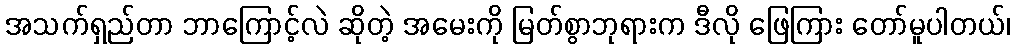
အသက်ရှည်တာ ဘာကြောင့်လဲ ဆိုတဲ့ အမေးကို မြတ်စွာဘုရားက ဒီလို ဖြေကြား တော်မူပါတယ်၊